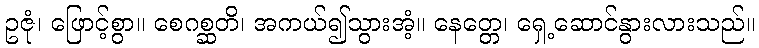
ဥဇုံ၊ ဖြောင့်စွာ။ စေဂစ္ဆတိ၊ အကယ်၍သွားအံ့။ နေတ္တေ၊ ရှေ့ဆောင်နွားလားသည်။